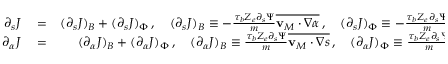
\begin{array} { r l r } { \partial _ { s } J } & { { } = } & { ( \partial _ { s } J ) _ { B } + ( \partial _ { s } J ) _ { \Phi } \, , \quad ( \partial _ { s } J ) _ { B } \equiv - \frac { \tau _ { b } Z _ { e } \partial _ { s } \Psi } { m } \overline { { \mathbf { v } _ { M } \cdot \nabla \alpha } } \, , \quad ( \partial _ { s } J ) _ { \Phi } \equiv - \frac { \tau _ { b } Z _ { e } \partial _ { s } \Psi } { m } \overline { { \mathbf { v } _ { E } \cdot \nabla \alpha } } \, , } \\ { \partial _ { \alpha } J } & { { } = } & { ( \partial _ { \alpha } J ) _ { B } + ( \partial _ { \alpha } J ) _ { \Phi } \, , \quad ( \partial _ { \alpha } J ) _ { B } \equiv \frac { \tau _ { b } Z _ { e } \partial _ { s } \Psi } { m } \overline { { \mathbf { v } _ { M } \cdot \nabla s } } \, , \quad ( \partial _ { \alpha } J ) _ { \Phi } \equiv \frac { \tau _ { b } Z _ { e } \partial _ { s } \Psi } { m } \overline { { \mathbf { v } _ { E } \cdot \nabla s } } \, . } \end{array}